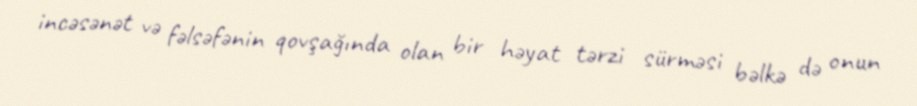
incəsənət və fəlsəfənin qovşağında olan bir həyat tərzi sürməsi bəlkə də onun